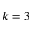
k = 3